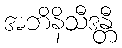
အဘိနိသီဒန္တီ